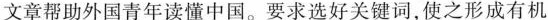
文章帮助外国青年读懂中国。要求选好关键词，使之形成有机